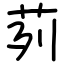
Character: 茢